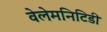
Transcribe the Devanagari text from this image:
वेलेमनिटिडी